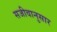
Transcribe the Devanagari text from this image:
सजीवानुसार